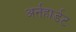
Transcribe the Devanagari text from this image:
अर्नहार्डट